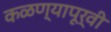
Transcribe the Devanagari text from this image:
कळण्यापूर्वी